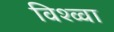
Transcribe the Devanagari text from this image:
विश्व्वा